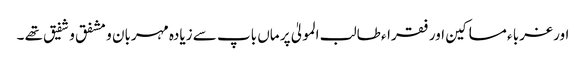
اور غربا ء مساکین اور فقراء طالب المولیٰ پر ماں باپ سے زیادہ مہربان و مشفق و شفیق تھے ۔